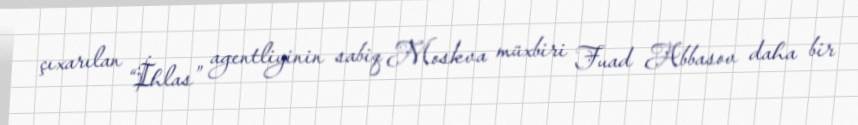
çıxarılan “İhlas” agentliyinin sabiq Moskva müxbiri Fuad Abbasov daha bir